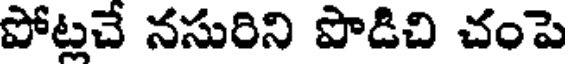
పోట్లచే నసురిని పొడిచి చంపె